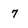
Character: 7